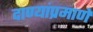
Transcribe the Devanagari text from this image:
दाण्यांप्रमाणे